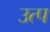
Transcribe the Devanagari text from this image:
उत्प